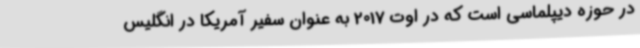
در حوزه دیپلماسی است که در اوت 2017 به عنوان سفیر آمریکا در انگلیس